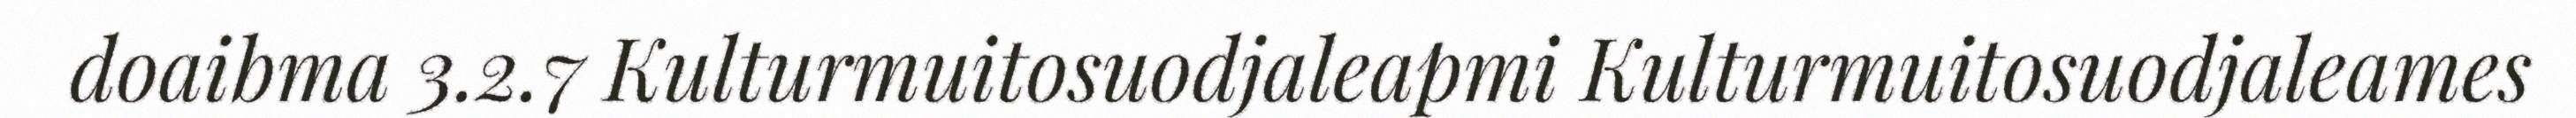
doaibma 3.2.7 Kulturmuitosuodjaleapmi Kulturmuitosuodjaleames